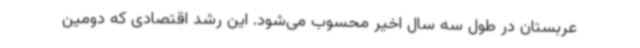
عربستان در طول سه سال اخیر محسوب می‌شود. این رشد اقتصادی که دومین